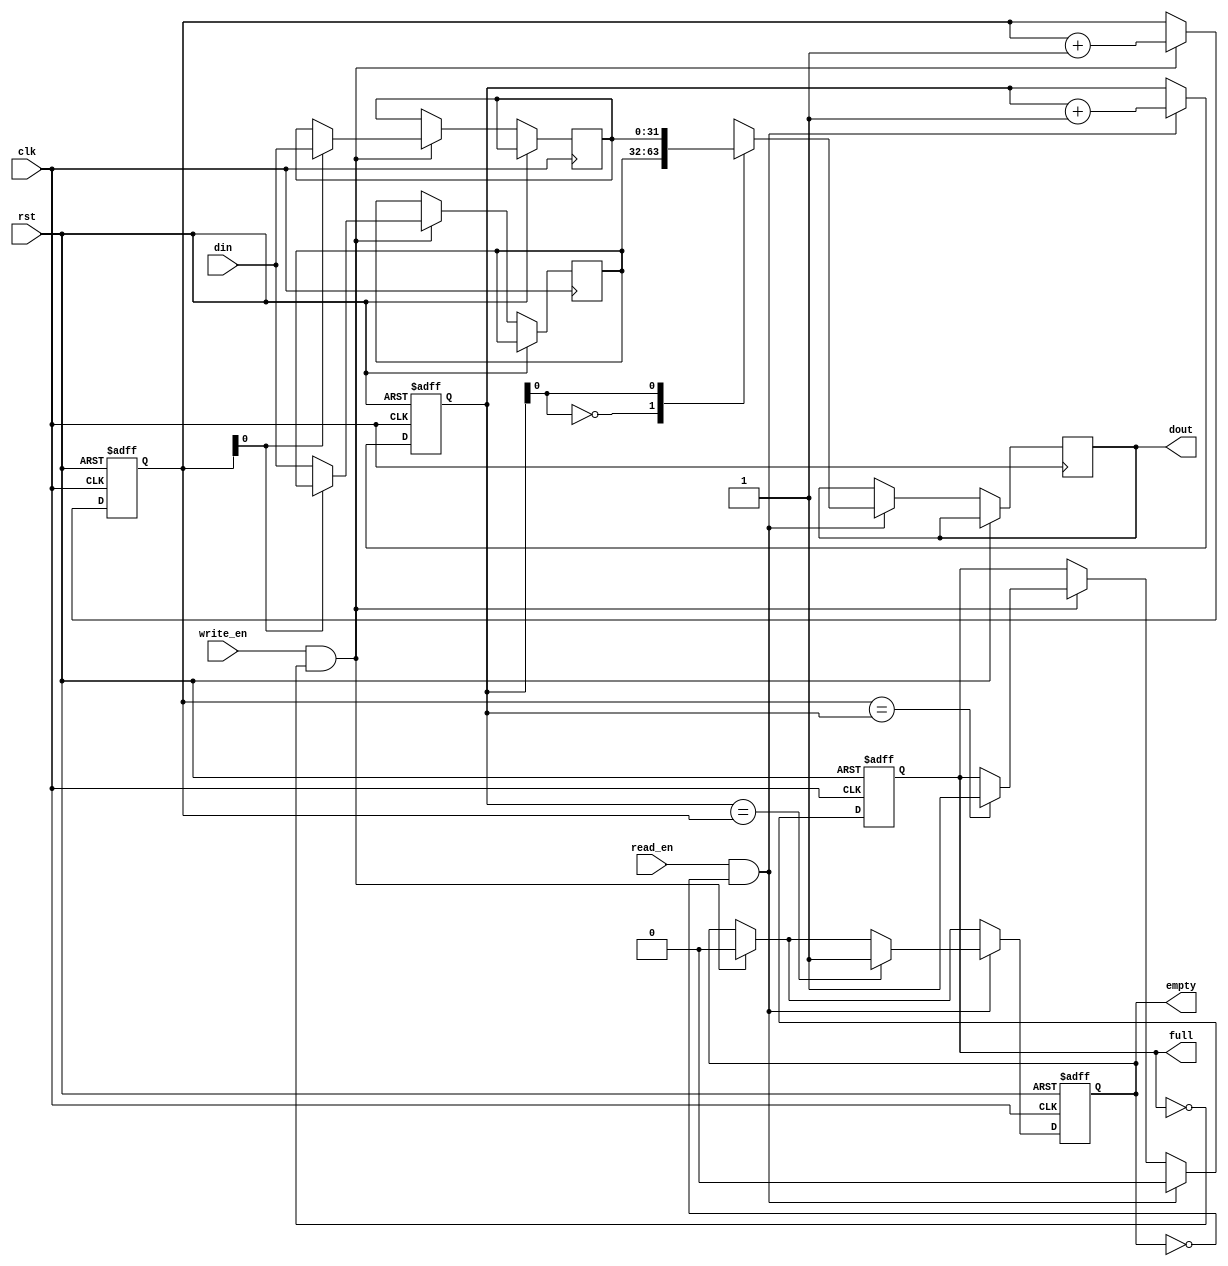
module asynchronous_fifo (
    input wire clk,
    input wire rst,
    input wire write_en,
    input wire read_en,
    input wire [31:0] din,
    output reg [31:0] dout,
    output reg empty,
    output reg full
);

reg [31:0] data [0:1];
reg [4:0] read_ptr;
reg [4:0] write_ptr;

always @ (posedge clk or posedge rst)
begin
    if (rst) begin
        read_ptr <= 0;
        write_ptr <= 0;
        empty <= 1;
        full <= 0;
    end else begin
        if (write_en && !full) begin
            data[write_ptr] <= din;
            write_ptr <= write_ptr + 1;
            if (write_ptr == read_ptr) begin
                full <= 1;
            end
            empty <= 0;
        end
        if (read_en && !empty) begin
            dout <= data[read_ptr];
            read_ptr <= read_ptr + 1;
            if (read_ptr == write_ptr) begin
                empty <= 1;
            end
            full <= 0;
        end
    end
end

endmodule